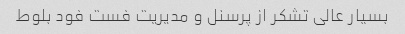
بسیار عالی تشکر از پرسنل و مدیریت فست فود بلوط